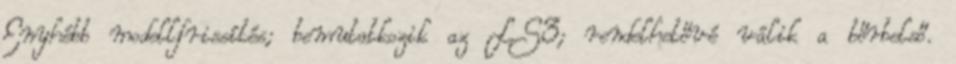
Enyhébb modellfrissítés; bemutatkozik az LS3; rendelhetővé válik a bőrbelső.